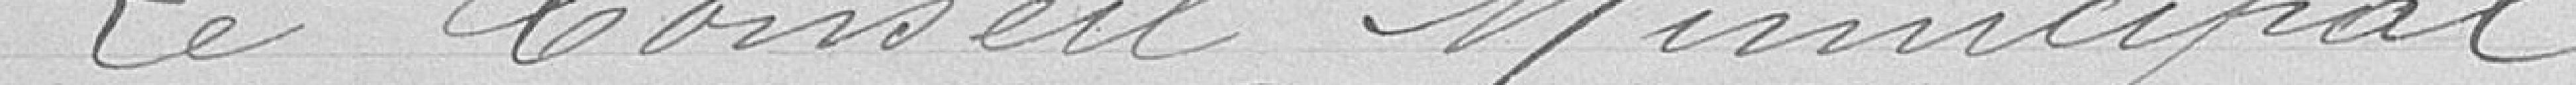
Le Conseil Municipal